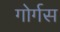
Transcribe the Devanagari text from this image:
गोर्गस